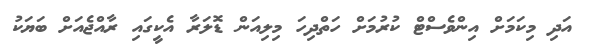
އަދި މިކަމަށް އިންވެސްޓް ކުރުމަށް ހަތްދިހަ މިލިއަން ޑޮލަރާ އެކީގައި ރާއްޖެއަށް ބަޔަކު